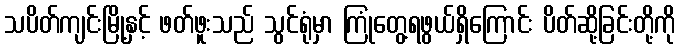
သပိတ်ကျင်းမြို့နှင့် ဖတ်ဖူးသည် သွင်ရုံမှာ ကြုံတွေ့ရဖွယ်ရှိကြောင်း ပိတ်ဆို့ခြင်းတို့ကို